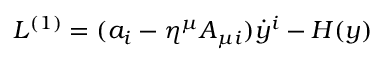
L ^ { ( 1 ) } = ( a _ { i } - \eta ^ { \mu } A _ { \mu i } ) \dot { y } ^ { i } - H ( y )